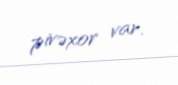
pivəxor var.